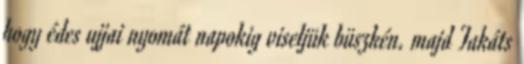
hogy édes ujjai nyomát napokig viseljük büszkén. majd Takáts